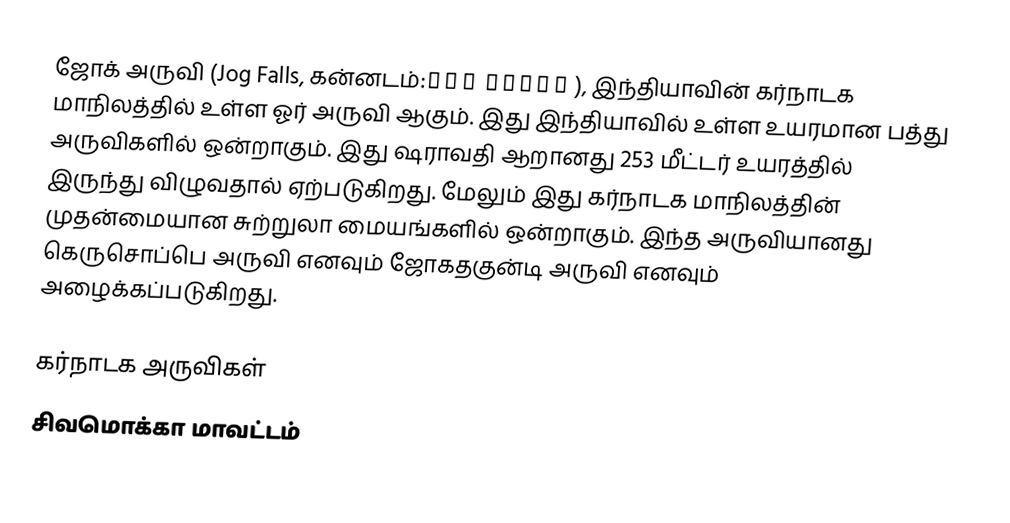
ஜோக் அருவி (Jog Falls, கன்னடம்:ಜೋಗ ಜಲಪಾತ ), இந்தியாவின் கர்நாடக மாநிலத்தில் உள்ள ஓர் அருவி ஆகும். இது இந்தியாவில் உள்ள உயரமான பத்து அருவிகளில் ஒன்றாகும். இது ஷராவதி ஆறானது 253 மீட்டர் உயரத்தில் இருந்து விழுவதால் ஏற்படுகிறது. மேலும் இது கர்நாடக மாநிலத்தின் முதன்மையான சுற்றுலா மையங்களில் ஒன்றாகும். இந்த அருவியானது கெருசொப்பெ அருவி எனவும் ஜோகதகுன்டி அருவி  எனவும் அழைக்கப்படுகிறது.

கர்நாடக அருவிகள்
சிவமொக்கா மாவட்டம்